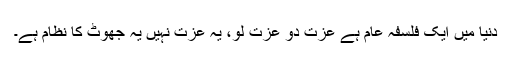
دنیا میں ایک فلسفہ عام ہے عزت دو عزت لو، یہ عزت نہیں یہ جھوٹ کا نظام ہے۔